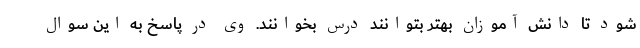
شود تا دانش آموزان بهتر بتوانند درس بخوانند. وی در پاسخ به این سوال